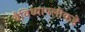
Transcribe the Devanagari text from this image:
वैविध्यापलीकडे